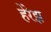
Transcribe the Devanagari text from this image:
हेरेझ